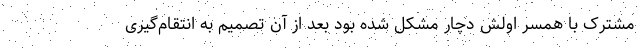
مشترک با همسر اولش دچار مشکل شده بود بعد از آن تصمیم به انتقام‌گیری